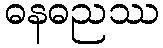
ဓနဓညဿ